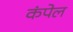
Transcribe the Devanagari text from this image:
कंपेल